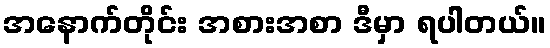
အနောက်တိုင်း အစားအစာ ဒီမှာ ရပါတယ်။